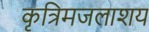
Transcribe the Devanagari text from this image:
कृत्रिमजलाशय